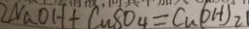
2 N a O H + C u 8 O _ { 4 } = C u ( O H ) _ { 2 }